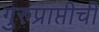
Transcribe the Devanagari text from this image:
गुरुप्राप्तीची